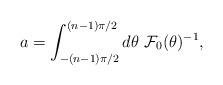
LaTeX: \begin{align*}a = \int_{-(n-1) \pi/2}^{(n-1) \pi/2} d \theta~ {\cal F}_0 (\theta)^{-1},\end{align*}